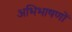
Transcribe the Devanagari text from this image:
अभिभाषणों